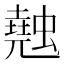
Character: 𧑣